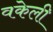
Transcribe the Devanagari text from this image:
वकेली